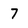
Character: 7